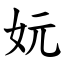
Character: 妧